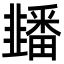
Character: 䪤